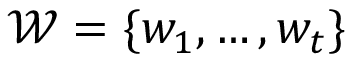
{ \mathcal { W } } = \{ w _ { 1 } , \ldots , w _ { t } \}